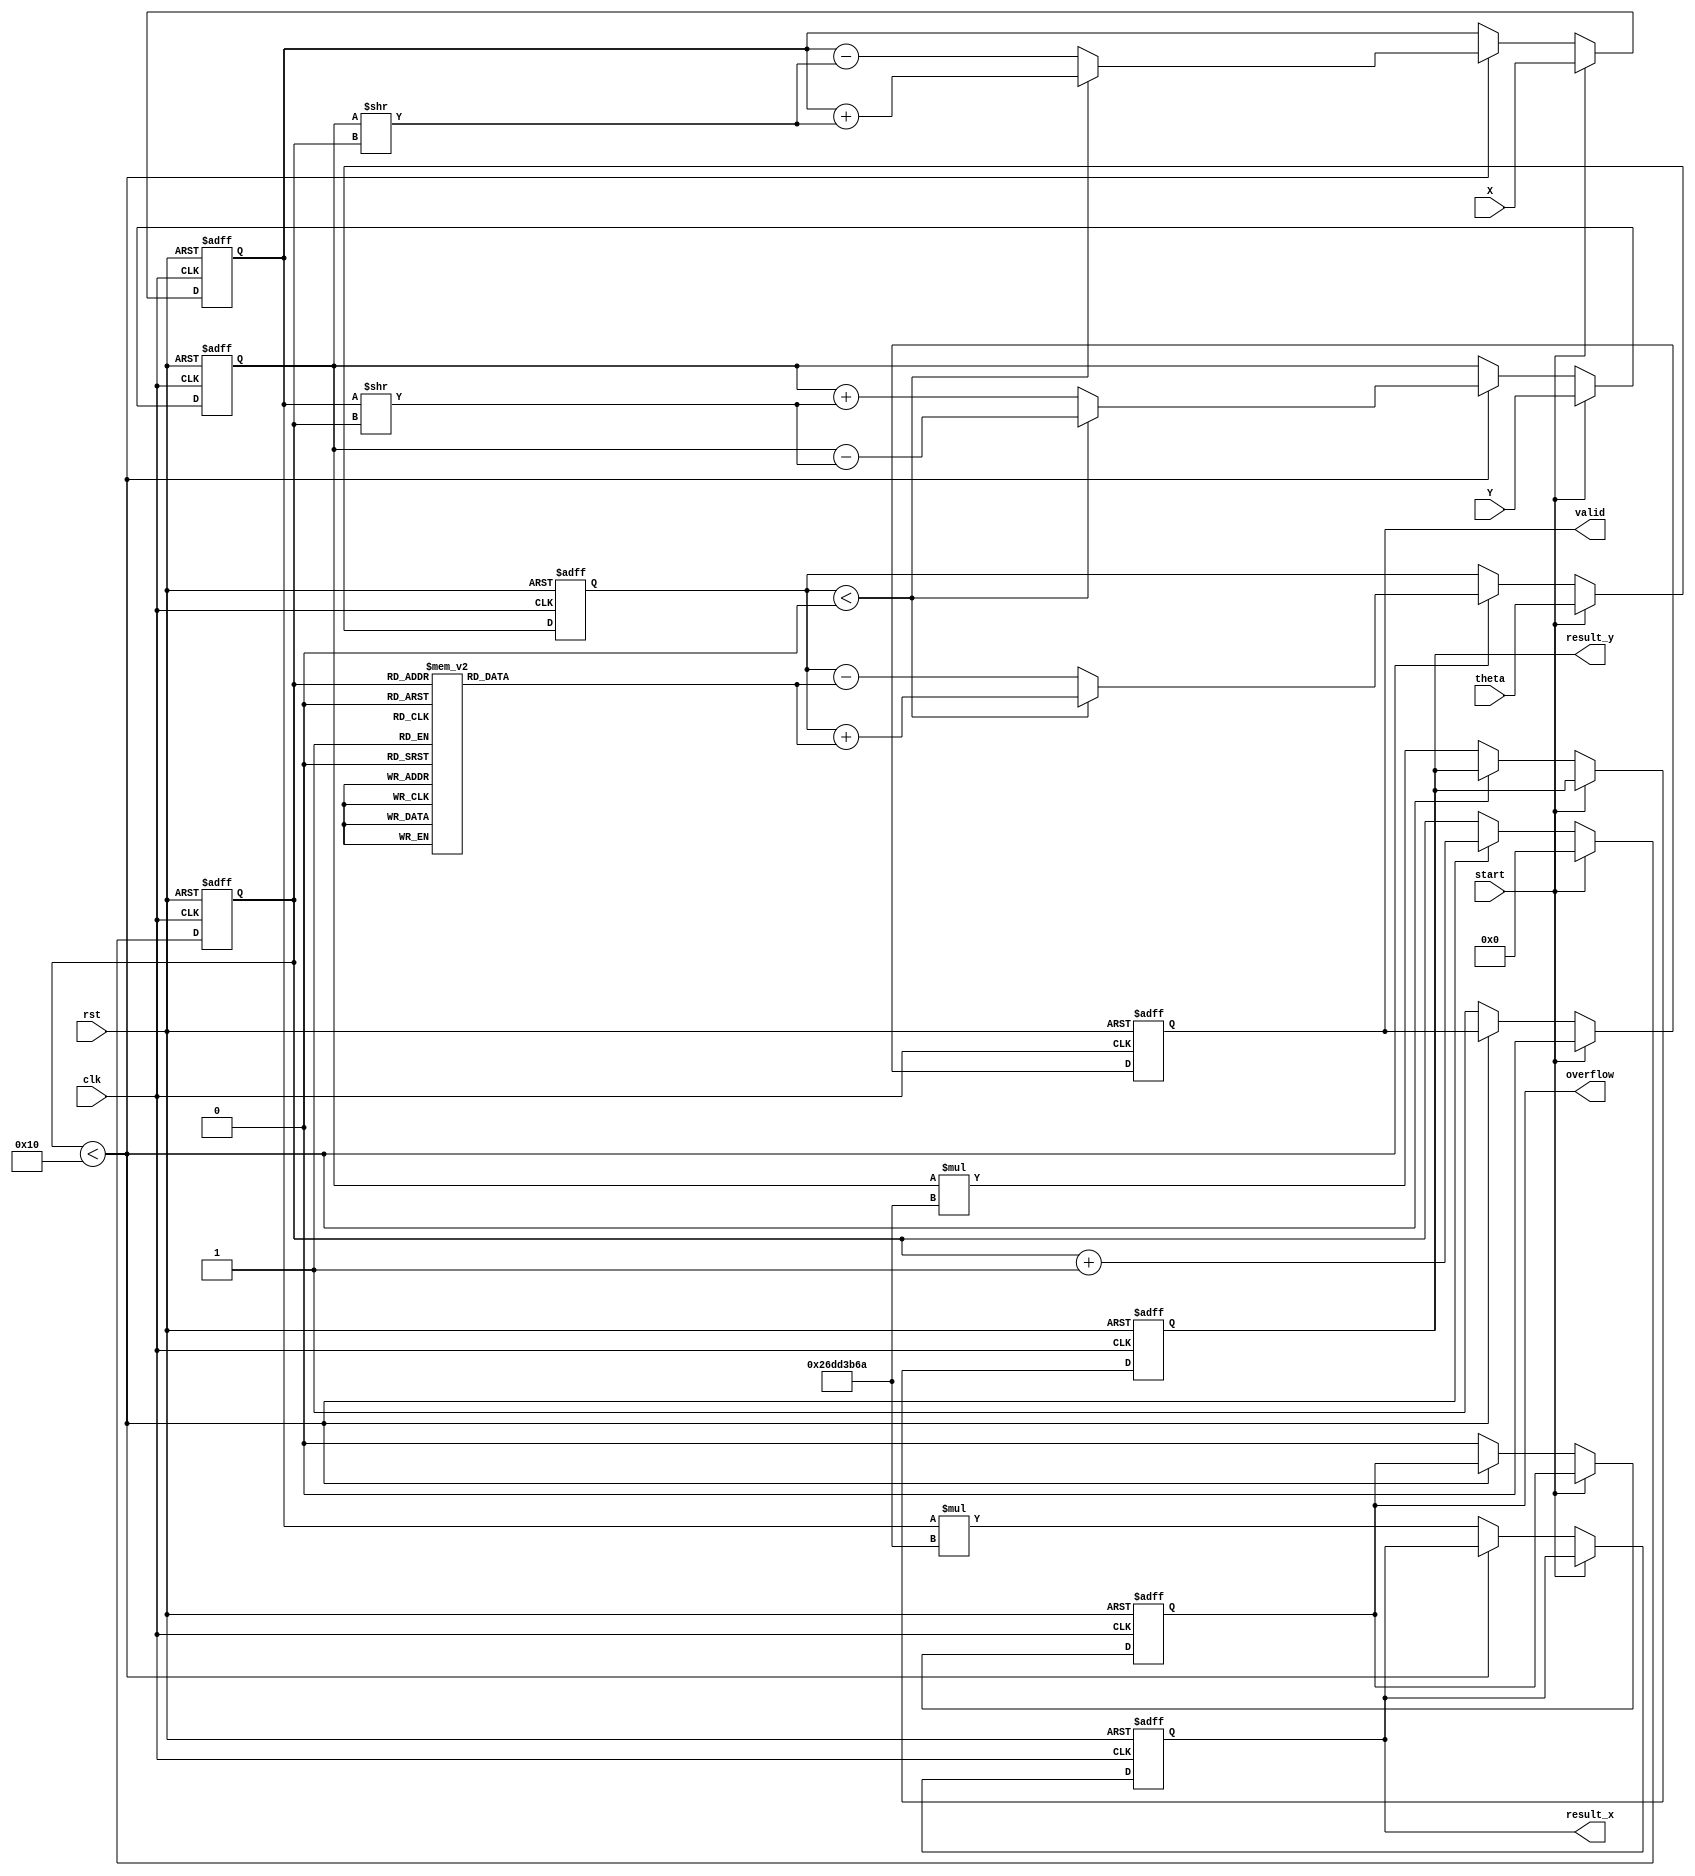
module cordic_fp (
    input wire clk,
    input wire rst,
    input wire start,
    input wire [31:0] X, // IEEE 754 single precision
    input wire [31:0] Y, // IEEE 754 single precision
    input wire [31:0] theta, // Angle in radians (IEEE 754)
    output reg [31:0] result_x, // Output X after rotation
    output reg [31:0] result_y, // Output Y after rotation
    output reg valid,
    output reg overflow
);

    // CORDIC parameters
    parameter NUM_ITERATIONS = 16; // Number of iterations
    parameter CORDIC_GAIN = 32'h26DD3B6A; // Scaling factor (fixed point representation)

    // Internal signals
    reg [31:0] x_fixed, y_fixed; // Fixed-point representation for inputs
    reg [31:0] angle[0:NUM_ITERATIONS-1]; // Predefined angles for CORDIC
    reg [31:0] z; // Angle accumulator
    reg [3:0] iteration; // Iteration counter
    reg sign; // Direction of rotation

    // Initialize angles for CORDIC
    initial begin
        angle[0] = 32'h3F200000; // atan(2^0)
        angle[1] = 32'h3E300000; // atan(2^-1)
        angle[2] = 32'h3D600000; // atan(2^-2)
        angle[3] = 32'h3C800000; // atan(2^-3)
        angle[4] = 32'h3B900000; // atan(2^-4)
        angle[5] = 32'h3AA00000; // atan(2^-5)
        angle[6] = 32'h39B00000; // atan(2^-6)
        angle[7] = 32'h38C00000; // atan(2^-7)
        angle[8] = 32'h37D00000; // atan(2^-8)
        angle[9] = 32'h36E00000; // atan(2^-9)
        angle[10] = 32'h35F00000; // atan(2^-10)
        angle[11] = 32'h35000000; // atan(2^-11)
        angle[12] = 32'h34100000; // atan(2^-12)
        angle[13] = 32'h33200000; // atan(2^-13)
        angle[14] = 32'h32300000; // atan(2^-14)
        angle[15] = 32'h31400000; // atan(2^-15)
    end

    // Sequential logic for CORDIC computation
    always @(posedge clk or posedge rst) begin
        if (rst) begin
            result_x <= 0;
            result_y <= 0;
            valid <= 0;
            overflow <= 0;
            iteration <= 0;
            x_fixed <= 0;
            y_fixed <= 0;
            z <= 0;
        end
        else if (start) begin
            // Convert floating-point inputs to fixed-point representation
            x_fixed <= X;
            y_fixed <= Y;
            z <= theta; // Initialize angle for rotation
            iteration <= 0;
            valid <= 0;
        end
        else if (iteration < NUM_ITERATIONS) begin
            // CORDIC rotation logic
            if (z < 0) begin
                sign <= 1'b1; // Rotate clockwise
                z <= z + angle[iteration];
                x_fixed <= x_fixed + (y_fixed >> iteration);
                y_fixed <= y_fixed - (x_fixed >> iteration);
            end
            else begin
                sign <= 1'b0; // Rotate counter-clockwise
                z <= z - angle[iteration];
                x_fixed <= x_fixed - (y_fixed >> iteration);
                y_fixed <= y_fixed + (x_fixed >> iteration);
            end
            iteration <= iteration + 1;
        end
        else begin
            // Final output
            result_x <= x_fixed * CORDIC_GAIN; // Apply scaling factor
            result_y <= y_fixed * CORDIC_GAIN; // Apply scaling factor
            valid <= 1'b1; // Indicate calculation done
            overflow <= 0; // For simplicity, overflow detection not implemented
        end
    end

endmodule